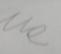
Signature authenticity: forged